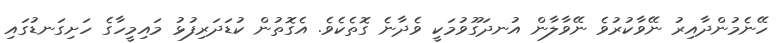
ހޭނެމުންދާއިރު ނޭވާކުރުވެ ނޭވާލާން އުނދަގޫވުމަކީ ވެދާނެ ގޮތެކެވެ. އެގޮތުން ކުޑަދަރިފުޅު މައިމީހާގެ ހަށިގަނޑުގައި